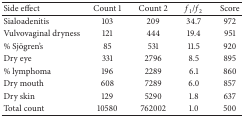
| Side effect | Count 1 | Count 2 | f1/f2 | Score |
 | --- | --- | --- | --- | --- |
 | Sialoadenitis | 103 | 209 | 34.7 | 972 |
 | Vulvovaginal dryness | 121 | 444 | 19.4 | 951 |
 | % Sjögren's | 85 | 531 | 11.5 | 920 |
 | Dry eye | 331 | 2796 | 8.5 | 895 |
 | % lymphoma | 196 | 2289 | 6.1 | 860 |
 | Dry mouth | 608 | 7289 | 6.0 | 857 |
 | Dry skin | 129 | 5290 | 1.8 | 637 |
 | Total count | 10580 | 762002 | 1.0 | 500 |